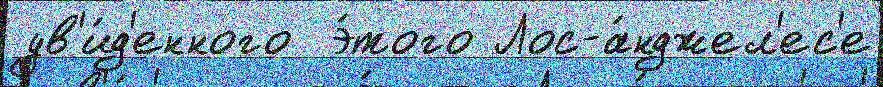
ув'и́д'енного  э́того Лос-а́нджел'ес'е